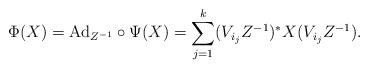
LaTeX: \begin{align*} \Phi(X)=\mathrm{Ad}_{Z^{-1}}\circ\Psi(X) =\sum_{j=1}^k(V_{i_j}Z^{-1})^*X(V_{i_j}Z^{-1}). \end{align*}